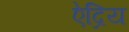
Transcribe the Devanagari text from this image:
ऐद्रिय